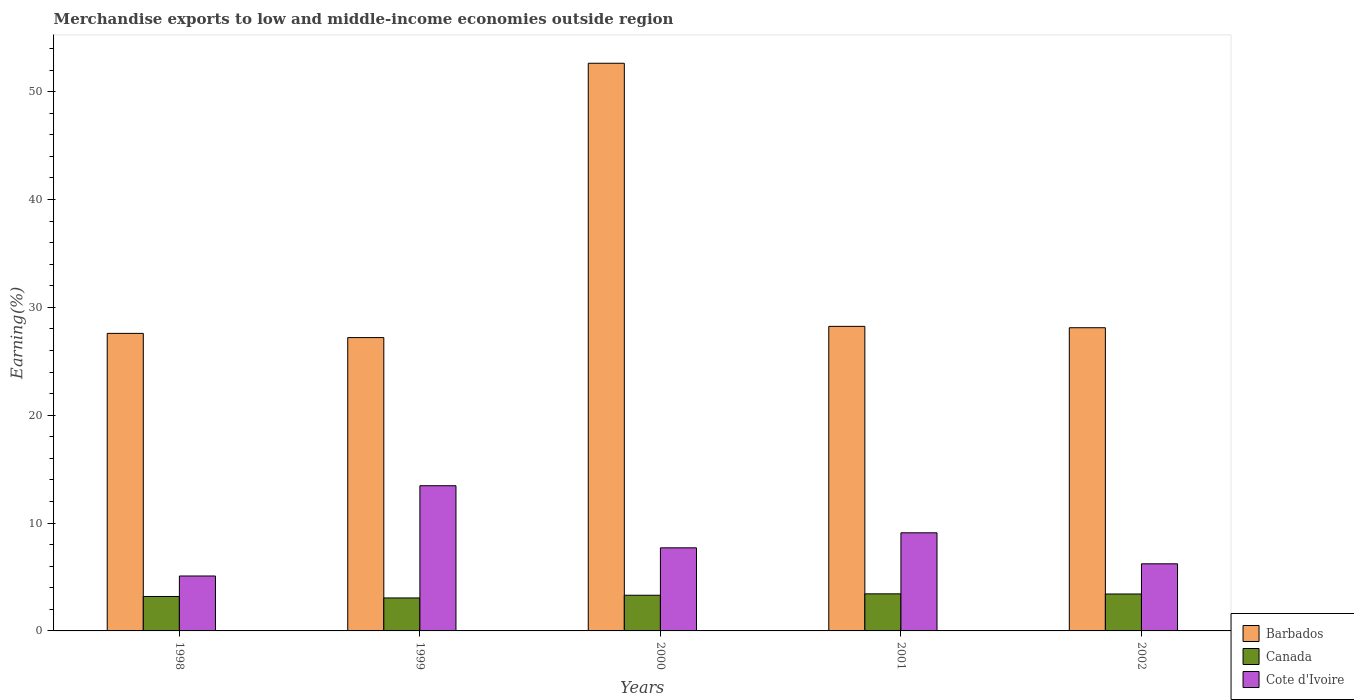
| Years | Barbados | Canada | Cote d'Ivoire |
 | --- | --- | --- | --- |
 | 1998 | 27.6 | 3.19 | 5.09 |
 | 1999 | 27.2 | 3.06 | 13.5 |
 | 2000 | 52.6 | 3.31 | 7.7 |
 | 2001 | 28.2 | 3.44 | 9.1 |
 | 2002 | 28.1 | 3.42 | 6.22 |